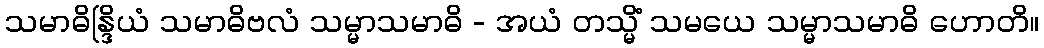
သမာဓိန္ဒြိယံ သမာဓိဗလံ သမ္မာသမာဓိ - အယံ တသ္မိံ သမယေ သမ္မာသမာဓိ ဟောတိ။